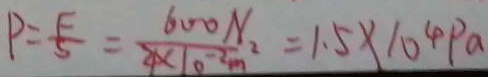
P = \frac { F } { S } = \frac { 6 0 0 N } { 4 \times 1 0 ^ { - 2 } m ^ { 2 } } = 1 . 5 \times 1 0 ^ { 4 } P a